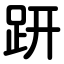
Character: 趼